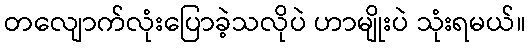
တလျောက်လုံးပြောခဲ့သလိုပဲ ဟာမျိုးပဲ သုံးရမယ်။